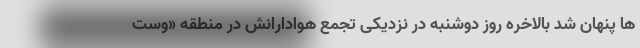
ها پنهان شد بالاخره روز دوشنبه در نزدیکی تجمع هوادارانش در منطقه «وست